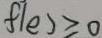
f ( e ) \geq 0